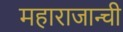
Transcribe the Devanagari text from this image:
महाराजान्ची